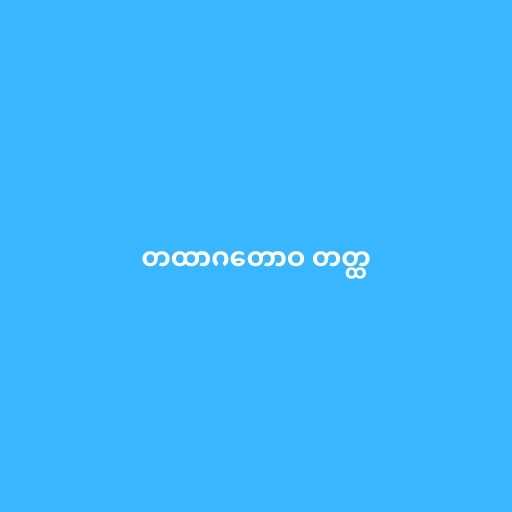
တထာဂတောဝ တတ္ထ